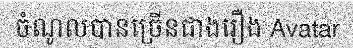
ចំណូលបានច្រើនជាងរឿង Avatar